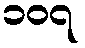
၁၀၇